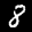
Label: 8